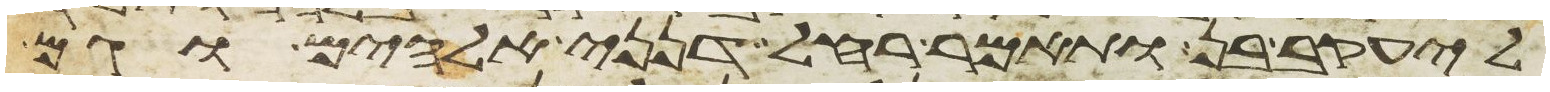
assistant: ליעקב בן ותאמר רחל דנני אלהים וגם